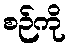
စဉ်ကို